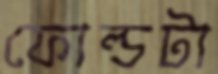
ফোল্ডটা